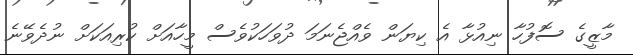
މާޒީގެ ސޮފުހާ ނިއުޅާ އެ ކިޔަން ވެއްޖެނަމަ ދުވަހަކުވެސް މީހާއަށް ކުރިއަކަށް ނުދެވޭނެ